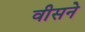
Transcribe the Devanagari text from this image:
वीसने